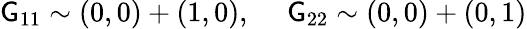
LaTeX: \mathsf{G}_{11}\sim(0,0)+(1,0),~~~~~\mathsf{G}_{22}\sim(0,0)+(0,1)